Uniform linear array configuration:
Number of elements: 64
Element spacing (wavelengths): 0.25
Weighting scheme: uniform
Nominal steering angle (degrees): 0
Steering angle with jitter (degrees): -0.7238
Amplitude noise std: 0.05
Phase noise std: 0.05

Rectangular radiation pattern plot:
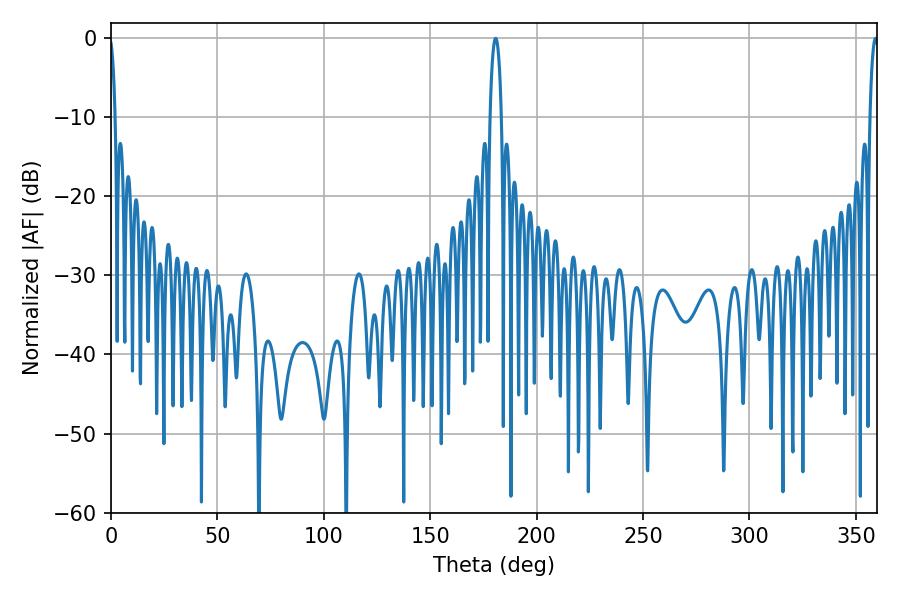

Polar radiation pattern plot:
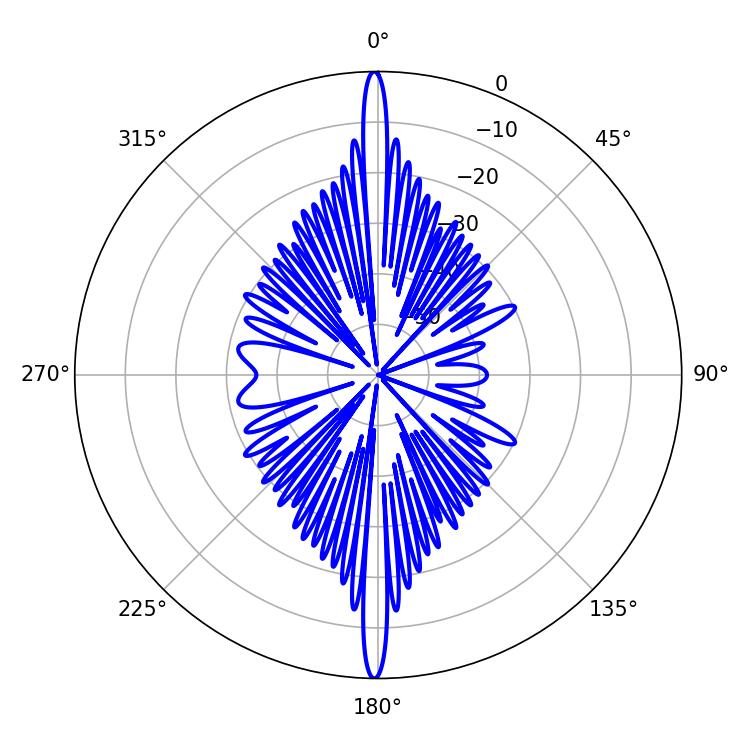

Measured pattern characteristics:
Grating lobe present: FALSE
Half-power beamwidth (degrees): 2.88
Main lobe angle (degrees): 180.72